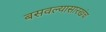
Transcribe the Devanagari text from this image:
बसवल्यासारखंच